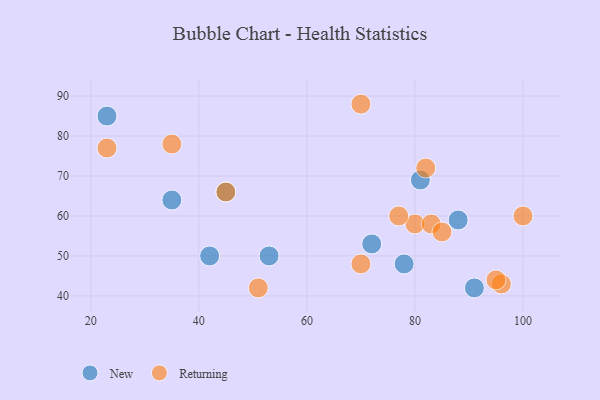
{"axis": {"x": "GDP", "y": "Life Expectancy"}, "legend": ["New", "Returning"], "data": [{"x": "23", "y": 85, "type": "New"}, {"x": "45", "y": 66, "type": "New"}, {"x": "88", "y": 59, "type": "New"}, {"x": "42", "y": 50, "type": "New"}, {"x": "35", "y": 64, "type": "New"}, {"x": "81", "y": 69, "type": "New"}, {"x": "53", "y": 50, "type": "New"}, {"x": "78", "y": 48, "type": "New"}, {"x": "91", "y": 42, "type": "New"}, {"x": "72", "y": 53, "type": "New"}, {"x": "70", "y": 88, "type": "Returning"}, {"x": "80", "y": 58, "type": "Returning"}, {"x": "35", "y": 78, "type": "Returning"}, {"x": "100", "y": 60, "type": "Returning"}, {"x": "70", "y": 48, "type": "Returning"}, {"x": "77", "y": 60, "type": "Returning"}, {"x": "96", "y": 43, "type": "Returning"}, {"x": "83", "y": 58, "type": "Returning"}, {"x": "95", "y": 44, "type": "Returning"}, {"x": "82", "y": 72, "type": "Returning"}, {"x": "51", "y": 42, "type": "Returning"}, {"x": "45", "y": 66, "type": "Returning"}, {"x": "23", "y": 77, "type": "Returning"}, {"x": "85", "y": 56, "type": "Returning"}]}